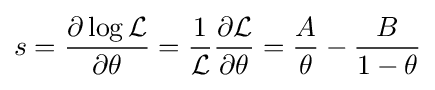
s={\frac {\partial \log {\mathcal {L}}}{\partial \theta }}={\frac {1}{\mathcal {L}}}{\frac {\partial {\mathcal {L}}}{\partial \theta }}={\frac {A}{\theta }}-{\frac {B}{1-\theta }}